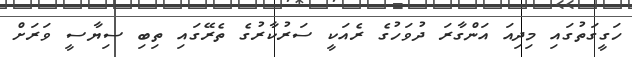
ހަގީގަތުގައި މިދިއަ އަންގާރަ ދުވަހުގެ ރެއަކީ ސަރުކާރުގެ ތެރޭގައި ތިބި ސިޔާސީ ވަރަށް